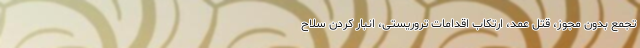
تجمع بدون مجوز، قتل عمد، ارتکاب اقدامات تروریستی، انبار کردن سلاح